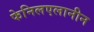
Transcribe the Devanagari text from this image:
फेनिलएलानीन